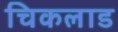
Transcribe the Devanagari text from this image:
चिकलाड